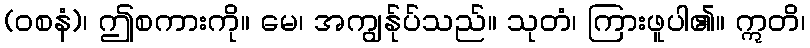
(ဝစနံ)၊ ဤစကားကို။ မေ၊ အကျွန်ုပ်သည်။ သုတံ၊ ကြားဖူပါ၏။ ဣတိ၊